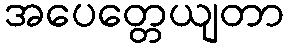
အပေတ္တေယျတာ